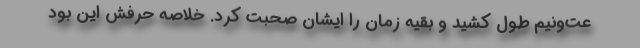
عت‌و‌نیم طول کشید و بقیه زمان را ایشان صحبت کرد. خلاصه حرفش این بود